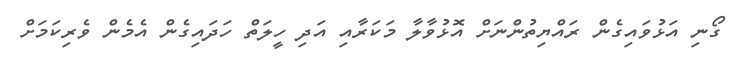
ގޯނި އަޅުވައިގެން ރައްޔިތުންނަށް އޮޅުވާލާ މަކަރާއި އަދި ހީލަތް ހަދައިގެން އެމެން ވެރިކަމަށް